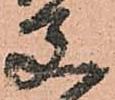
父